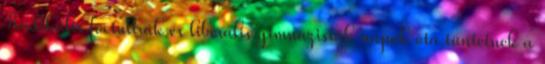
Radikális fociultrák és liberális gimnazisták napok óta tüntetnek a